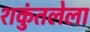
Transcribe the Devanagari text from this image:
शकुंतलेला